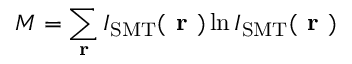
M = \sum _ { \textbf { r } } I _ { \mathrm { S M T } } ( \textbf { r } ) \ln I _ { \mathrm { S M T } } ( \textbf { r } )